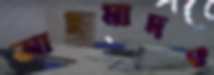
আহমাদও